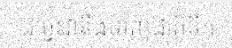
ដូច្នេះវានឹងទាញជាតិទឹក